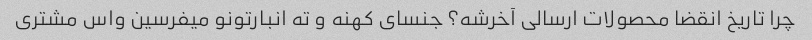
چرا تاریخ انقضا محصولات ارسالی آخرشه؟ جنسای کهنه و ته انبارتونو میفرسین واس مشتری